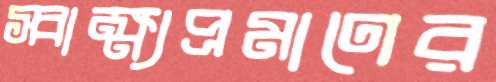
স্বাক্ষ্যপ্রমাণের